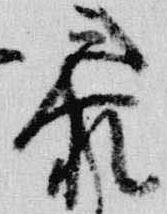
参